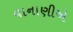
વાનાણીએ